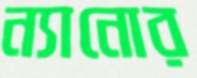
ন্যানোর